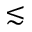
\lesssim